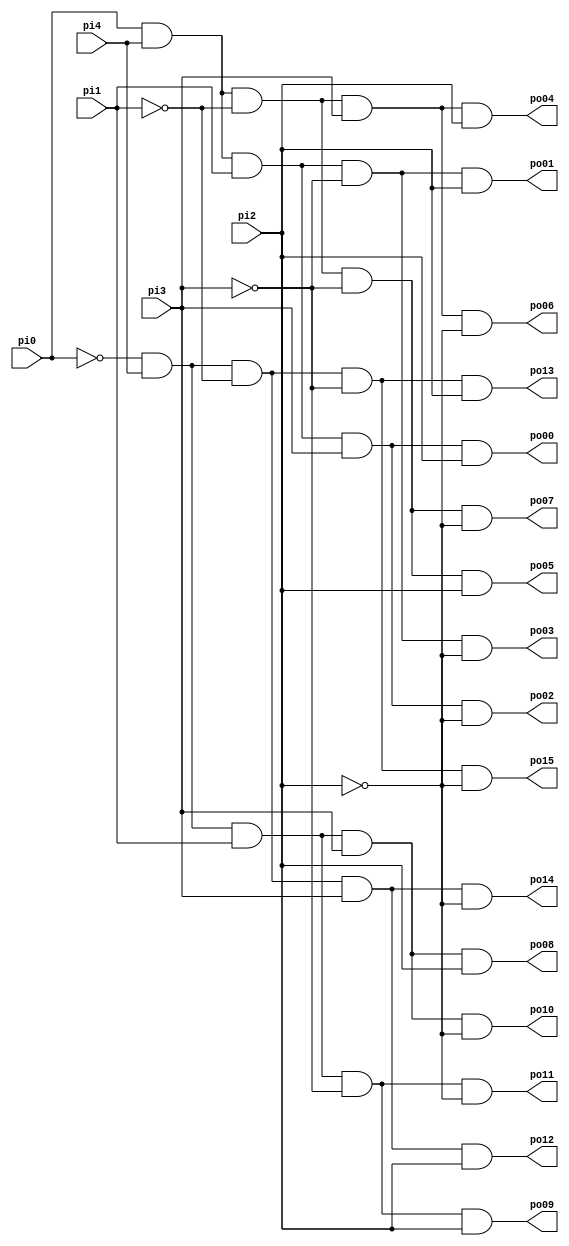
// Benchmark "decod" written by ABC on Thu Mar 19 13:02:36 2020

module decod ( 
    pi0, pi1, pi2, pi3, pi4,
    po00, po01, po02, po03, po04, po05, po06, po07, po08, po09, po10, po11,
    po12, po13, po14, po15  );
  input  pi0, pi1, pi2, pi3, pi4;
  output po00, po01, po02, po03, po04, po05, po06, po07, po08, po09, po10,
    po11, po12, po13, po14, po15;
  wire new_n38_, new_n39_;
  assign po00 = new_n39_ & pi1 & pi3 & pi2;
  assign po01 = new_n39_ & pi1 & ~pi3 & pi2;
  assign po02 = new_n39_ & pi1 & pi3 & ~pi2;
  assign po03 = new_n39_ & pi1 & ~pi3 & ~pi2;
  assign po04 = new_n39_ & ~pi1 & pi3 & pi2;
  assign po05 = new_n39_ & ~pi1 & ~pi3 & pi2;
  assign po06 = new_n39_ & ~pi1 & pi3 & ~pi2;
  assign po07 = new_n39_ & ~pi1 & ~pi3 & ~pi2;
  assign po08 = new_n38_ & pi1 & pi3 & pi2;
  assign po09 = new_n38_ & pi1 & ~pi3 & pi2;
  assign po10 = new_n38_ & pi1 & pi3 & ~pi2;
  assign po11 = new_n38_ & pi1 & ~pi3 & ~pi2;
  assign po12 = new_n38_ & ~pi1 & pi3 & pi2;
  assign po13 = new_n38_ & ~pi1 & ~pi3 & pi2;
  assign po14 = new_n38_ & ~pi1 & pi3 & ~pi2;
  assign po15 = new_n38_ & ~pi1 & ~pi3 & ~pi2;
  assign new_n38_ = ~pi0 & pi4;
  assign new_n39_ = pi0 & pi4;
endmodule